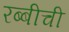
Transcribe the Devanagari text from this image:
रब्बीची